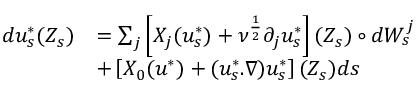
\begin{array} { r l } { d u _ { s } ^ { * } ( Z _ { s } ) } & { = \sum _ { j } \left[ X _ { j } ( u _ { s } ^ { * } ) + \nu ^ { \frac { 1 } { 2 } } \partial _ { j } u _ { s } ^ { * } \right] ( Z _ { s } ) \circ d W _ { s } ^ { j } } \\ & { + \left[ X _ { 0 } ( u ^ { * } ) + ( u _ { s } ^ { * } . \nabla ) u _ { s } ^ { * } \right] ( Z _ { s } ) d s } \end{array}